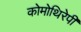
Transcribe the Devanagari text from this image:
कोमोथिरेपी